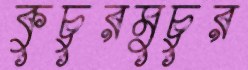
কুচুরমুচুর